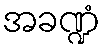
အခဏ္ဍံ